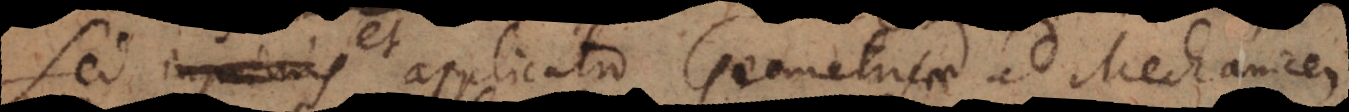
Sed inprimis applicatio Geometriae ad Mechanicen